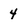
Character: 4